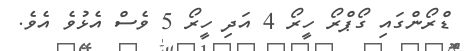
ޑްރޯންގައި ގޯޕްރޯ ހީރޯ 4 އަދި ހީރޯ 5 ވެސް އެޅުވެ އެވެ.